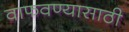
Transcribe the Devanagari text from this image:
वाफवण्यासाठी